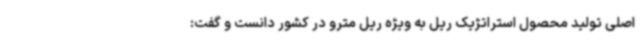
اصلی تولید محصول استراتژیک ریل به ویژه ریل مترو در کشور دانست و گفت: